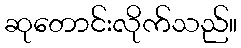
ဆုတောင်းလိုက်သည်။